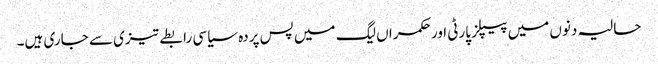
حالیہ دنوں میں پیپلز پارٹی اور حکمراں لیگ میں پس پردہ سیاسی رابطے تیزی سے جاری ہیں۔